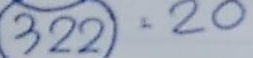
322 = 20